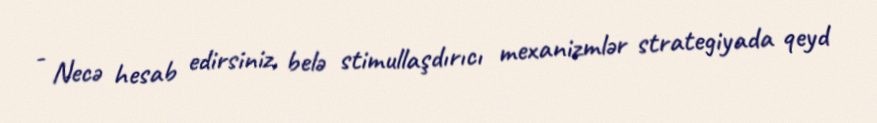
- Necə hesab edirsiniz, belə stimullaşdırıcı mexanizmlər strategiyada qeyd